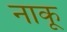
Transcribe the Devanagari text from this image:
नाकू